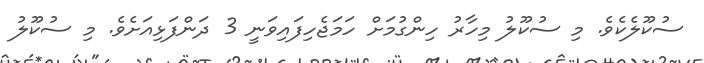
ސުކޫލެކެވެ. މި ސުކޫލު މިހާރު ހިންގުމަށް ހަމަޖެހިފައިވަނީ 3 ދަންފަޅިއަށެވެ. މި ސުކޫލު